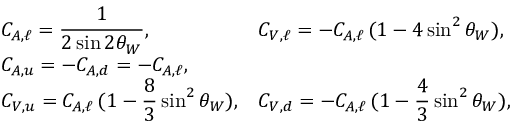
\begin{array} { l l } { { C _ { A , \ell } = \displaystyle \frac { 1 } { 2 \sin 2 \theta _ { W } } , } } & { { C _ { V , \ell } = - C _ { A , \ell } \, ( 1 - 4 \sin ^ { 2 } \theta _ { W } ) , } } \\ { { C _ { A , u } = - C _ { A , d } = - C _ { A , \ell } , } } & { { } } \\ { { C _ { V , u } = C _ { A , \ell } \, \displaystyle ( 1 - \frac { 8 } { 3 } \sin ^ { 2 } \theta _ { W } ) , } } & { { C _ { V , d } = - C _ { A , \ell } \, \displaystyle ( 1 - \frac { 4 } { 3 } \sin ^ { 2 } \theta _ { W } ) , } } \end{array}